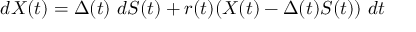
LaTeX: d X ( t ) = \Delta ( t ) \ d S ( t ) + r ( t ) ( X ( t ) - \Delta ( t ) S ( t ) ) \ d t